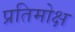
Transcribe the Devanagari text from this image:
प्रतिमोक्ष